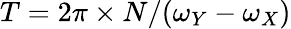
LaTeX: T=2\pi\times N/(\omega_{Y}-\omega_{X})